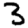
Digit: 3